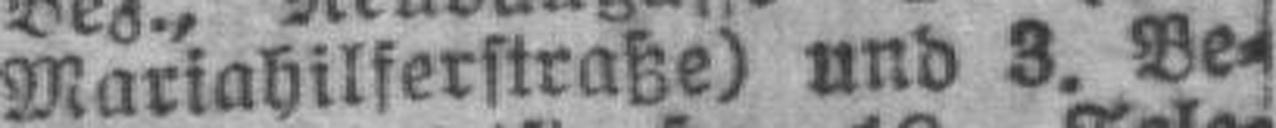
Mariahilferstraße) und 3. Be¬